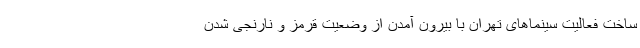
ساخت فعالیت سینماهای تهران با بیرون آمدن از وضعیت قرمز و نارنجی شدن